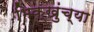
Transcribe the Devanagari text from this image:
भिक्खुंच्या